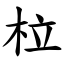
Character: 柆